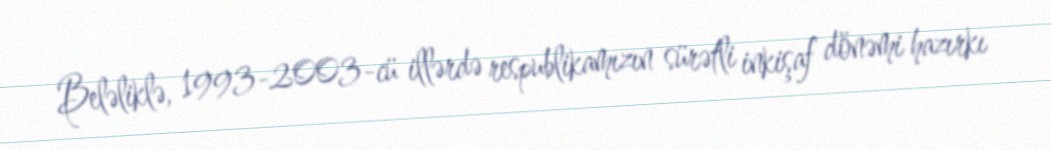
Beləliklə, 1993-2003-cü illərdə respublikamızın sürətli inkişaf dönəmi hazırkı